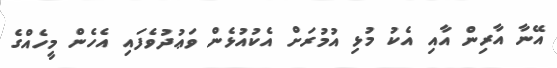
އޭނާ އާރިން އާއި އެކު މުޅި އުމުރަށް އެކުއުޅެން ވަޢުދުވެފައި އެހެން މީހެއްގެ